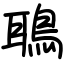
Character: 鵈